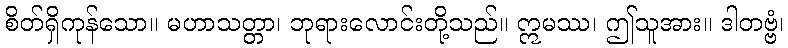
စိတ်ရှိကုန်သော။ မဟာသတ္တာ၊ ဘုရားလောင်းတို့သည်။ ဣမဿ၊ ဤသူအား။ ဒါတဗ္ဗံ၊